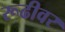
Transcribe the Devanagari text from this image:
रूढीवर